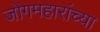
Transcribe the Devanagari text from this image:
जोगमहारांच्या